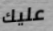
عليك